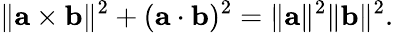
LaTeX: \| \mathbf{a}\times\mathbf{b}\| ^{2}+(\mathbf{a}\cdot\mathbf{b})^{2}=\| \mathbf{a}\| ^{2}\| \mathbf{b}\| ^{2}.